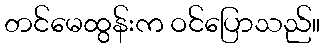
တင်မေထွန်းက ဝင်ပြောသည်။